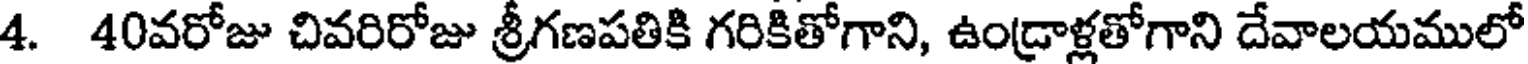
4. 40వరోజు చివరిరోజు శ్రీగణపతికి గరికితోగాని, ఉండ్రాళ్లతోగాని దేవాలయములో